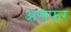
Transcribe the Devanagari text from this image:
असफर